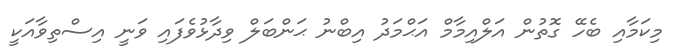
މިކަމާއި ބެހޭ ގޮތުން އަލްއިމާމް އަޙްމަދު އިބްނު ޙަންބަލް ވިދާޅުވެފައި ވަނީ އިސްތިވާއަކީ